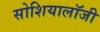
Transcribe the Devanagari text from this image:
सोशियालॉजी